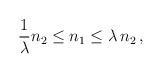
LaTeX: \begin{align*}\frac{1}{\lambda} n_2 \leq n_1 \leq \lambda \, n_2 \, ,\end{align*}